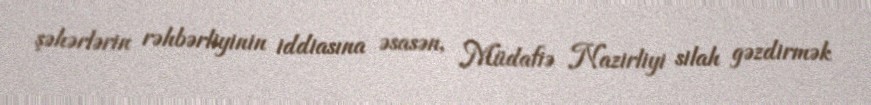
şəhərlərin rəhbərliyinin iddiasına əsasən, Müdafiə Nazirliyi silah gəzdirmək